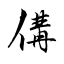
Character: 傋